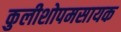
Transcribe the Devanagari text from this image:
कुलीशोपमसायक